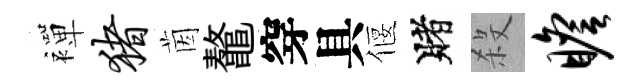
襌猪茵鼇穿具偃賭殺瞻